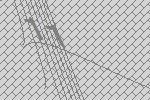
11